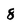
Character: 8